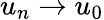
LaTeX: u_{n}\to u_{0}